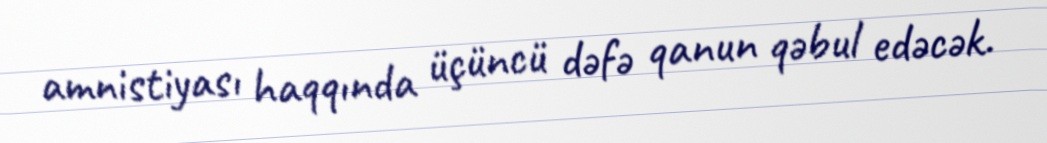
amnistiyası haqqında üçüncü dəfə qanun qəbul edəcək.